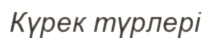
Күрек түрлері